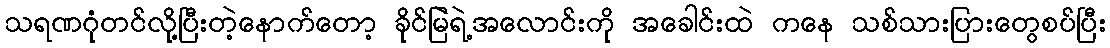
သရဏဂုံတင်လို့ပြီးတဲ့နောက်တော့ ခိုင်မြဲရဲ့အလောင်းကို အခေါင်းထဲ ကနေ သစ်သားပြားတွေစပ်ပြီး